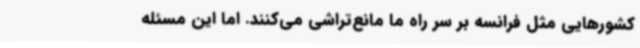
کشورهایی مثل فرانسه بر سر راه ما مانع‌تراشی می‌کنند. اما این مسئله